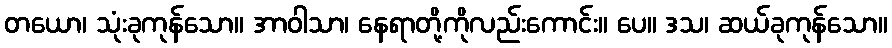
တယော၊ သုံးခုကုန်သော။ အာဝါသာ၊ နေရာတို့ကိုလည်းကောင်း။ ပေ။ ဒသ၊ ဆယ်ခုကုန်သော။